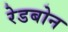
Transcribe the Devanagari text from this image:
रेडबोन